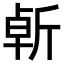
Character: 𣂣